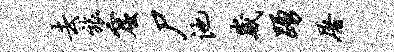
去旅窟尸池崴踊屠